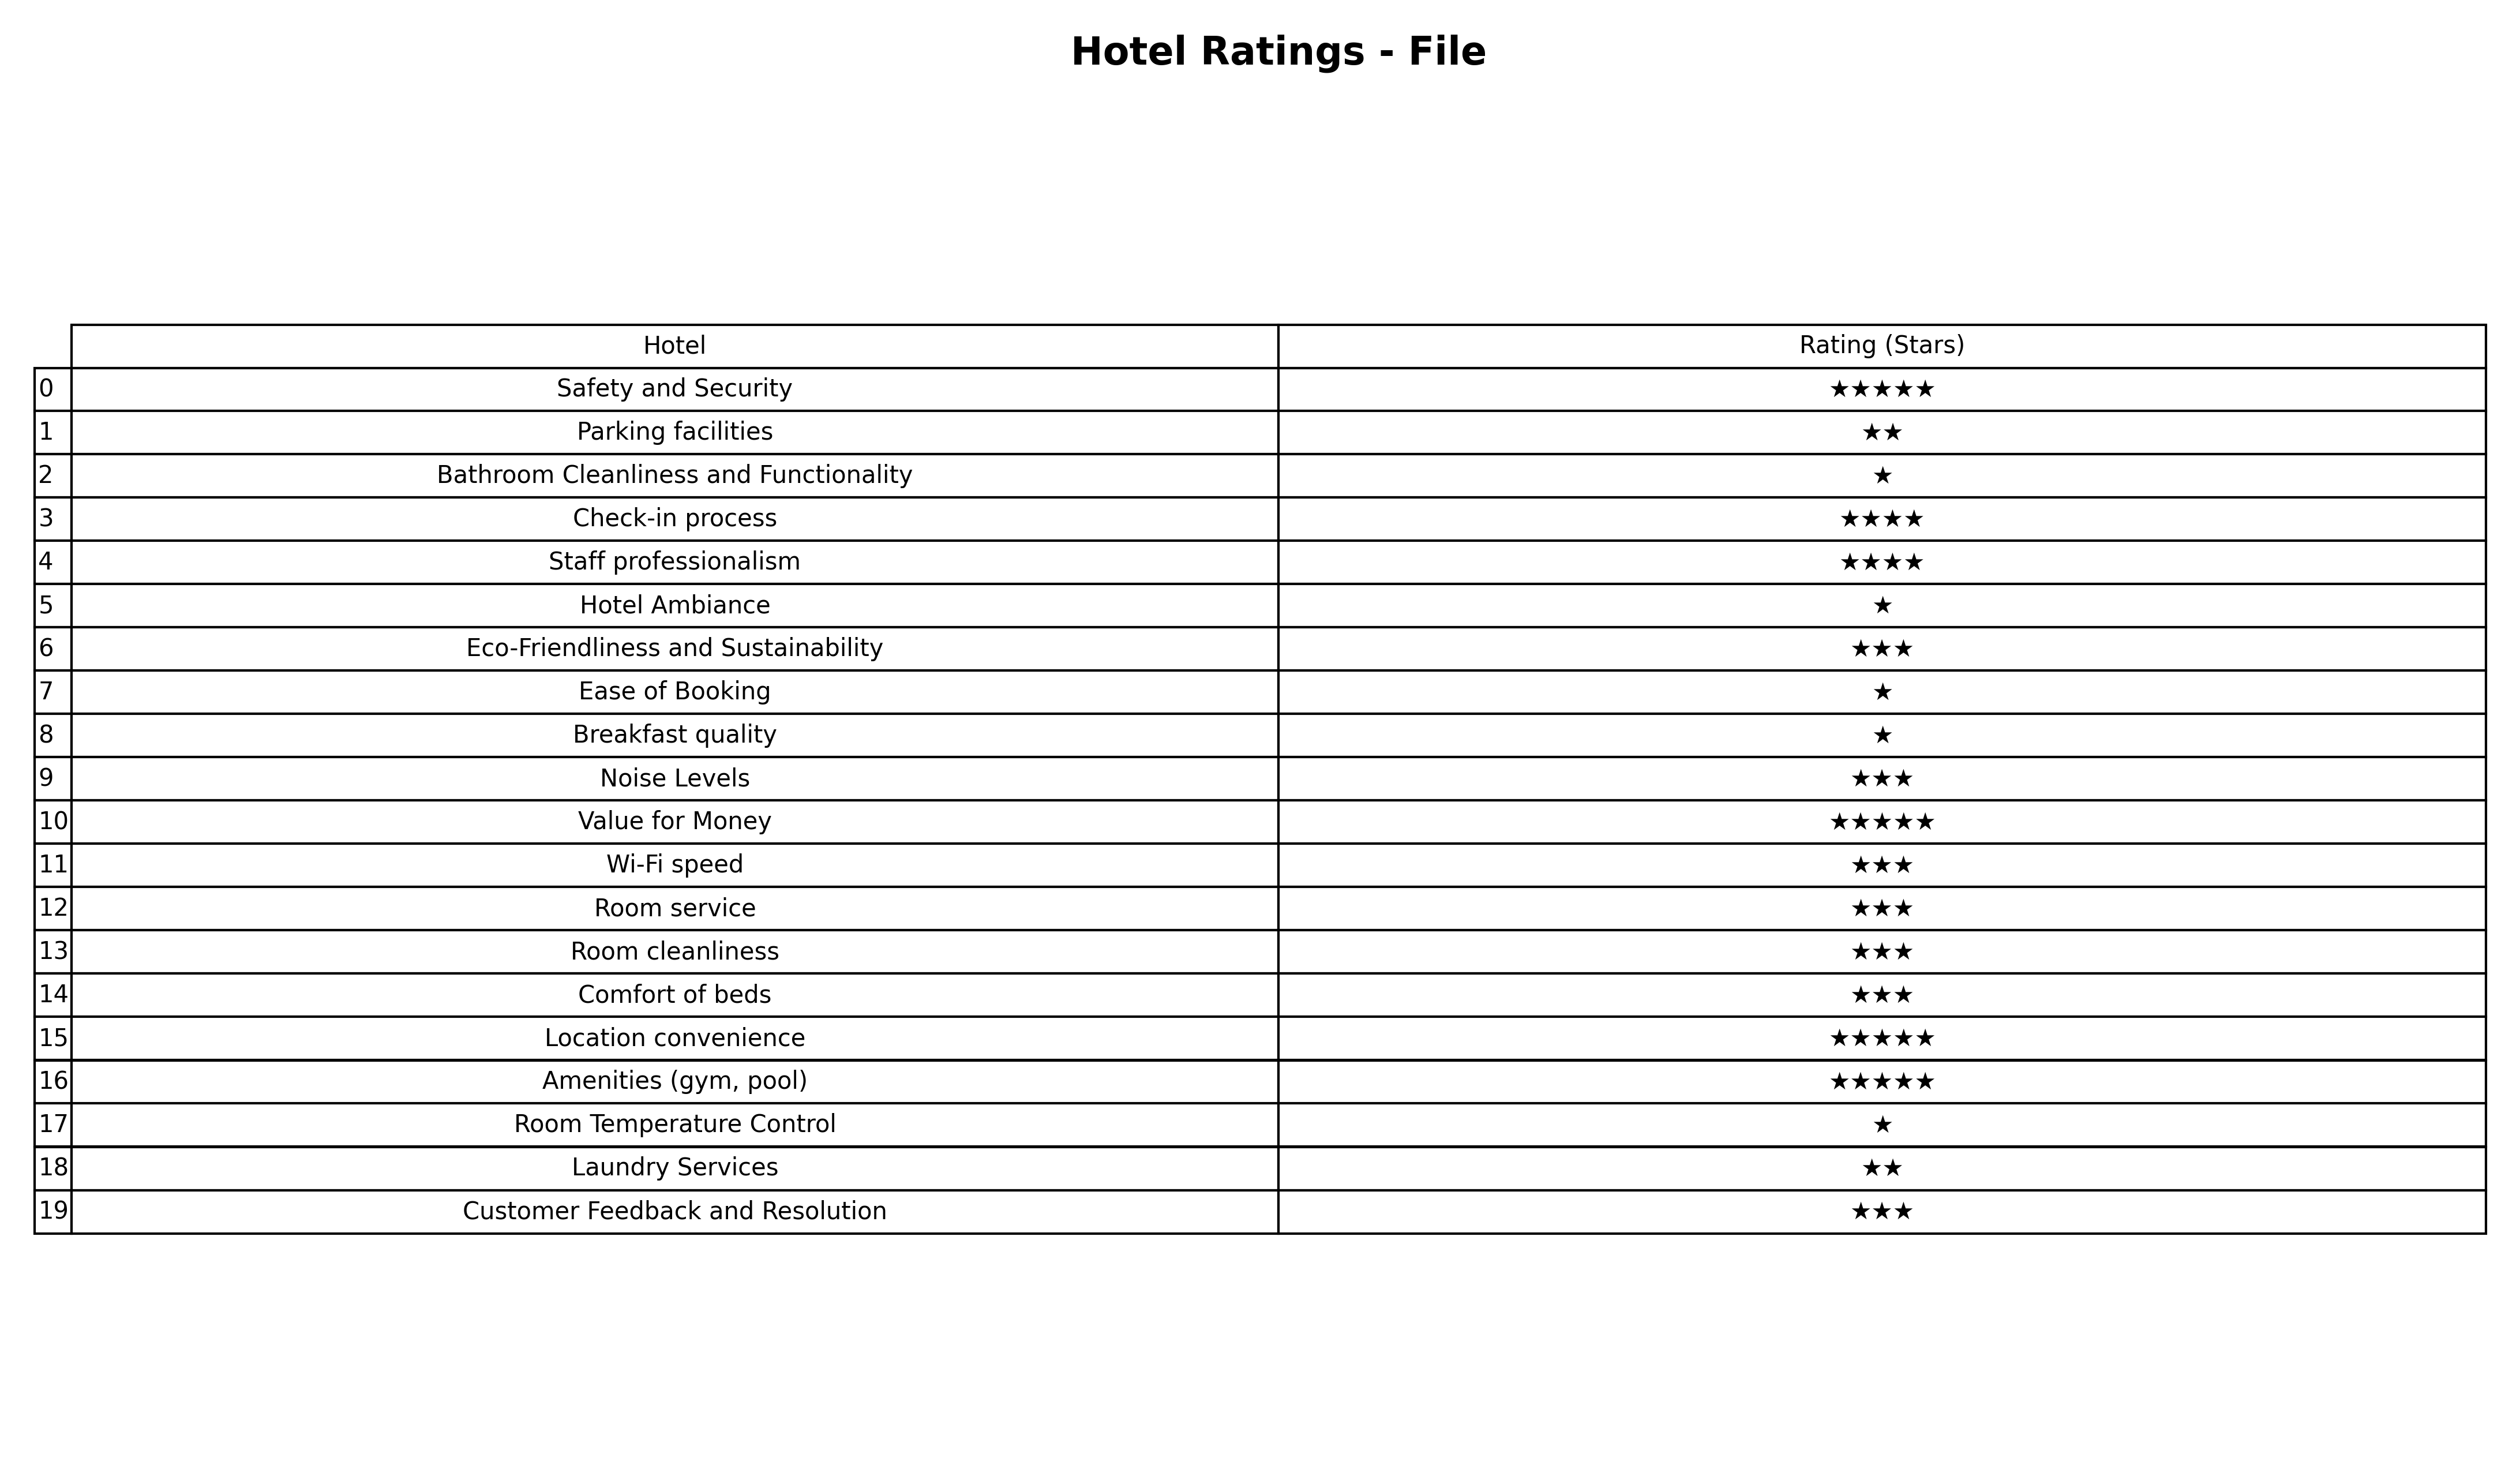
question: What is the rating of Value for Money?
answer: ★★★★★